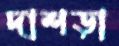
দাশড়া